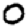
Digit: 0